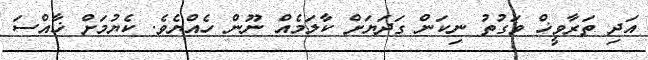
އަދި ތަރާވީޚް ވަގުތު ނިކަން ގަދަޔަށް ކާލަމެއް ނޫން ހެއްޔެވެ. ކެޔުމަށް ޚާއްސަ